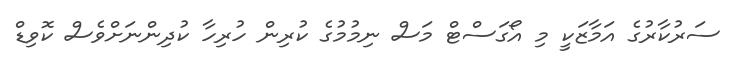
ސަރުކާރުގެ އަމާޒަކީ މި އޯގަސްޓް މަސް ނިމުމުގެ ކުރިން ހުރިހާ ކުދިންނަށްވެސް ކޮވިޑް